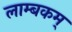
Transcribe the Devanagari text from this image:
लाम्बकम्